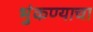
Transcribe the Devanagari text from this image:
भुंकण्याचा